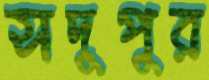
সদুপুর